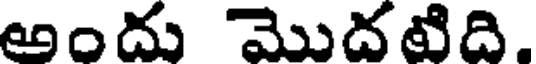
అందు మొదటిది.